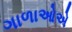
ગાળાઓએ